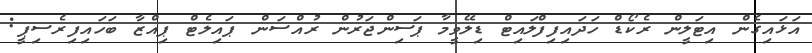
އަޅައިގެން އިޓަލީން ރެކޯޑް ހަދައިިފިފްލައިޓް ޑިލޭވީމާ ޕަސިންޖަރުން ރުއްސަން ޕައިލެޓް ޕިއްޒާ ބަހައިފިރެސިޕީ: